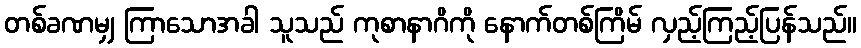
တစ်ခဏမျှ ကြာသောအခါ သူသည် ကုစာနာဂိကို နောက်တစ်ကြိမ် လှည့်ကြည့်ပြန်သည်။